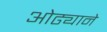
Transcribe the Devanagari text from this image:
ओढ्याने